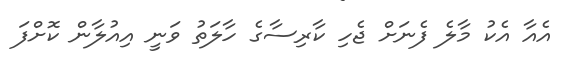
އެއާ އެކު މާލެ ފެނަށް ޖެހި ކާރިސާގެ ހާލަތު ވަނީ އިއުލާން ކޮށްފަ